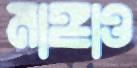
মাঙ্গাও